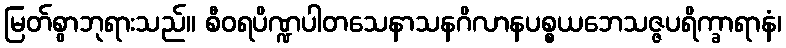
မြတ်စွာဘုရားသည်။ စီဝရပိဏ္ဍပါတသေနာသနဂိလာနပစ္စယဘေသဇ္ဇပရိက္ခာရာနံ၊